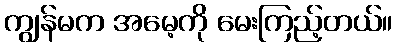
ကျွန်မက အမေ့ကို မေးကြည့်တယ်။